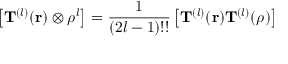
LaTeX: \left[ \mathbf { T } ^ { ( l ) } ( \mathbf { r } ) \otimes { \boldsymbol { \rho } } ^ { l } \right] = { \frac { 1 } { ( 2 l - 1 ) ! ! } } \left[ \mathbf { T } ^ { ( l ) } ( \mathbf { r } ) \mathbf { T } ^ { ( l ) } ( { \boldsymbol { \rho } } ) \right]